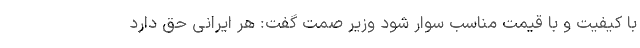
با کیفیت و با قیمت مناسب سوار شود وزیر صمت گفت: هر ایرانی حق دارد